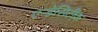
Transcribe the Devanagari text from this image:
एन्डेसिटीक